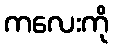
ကလေးကို